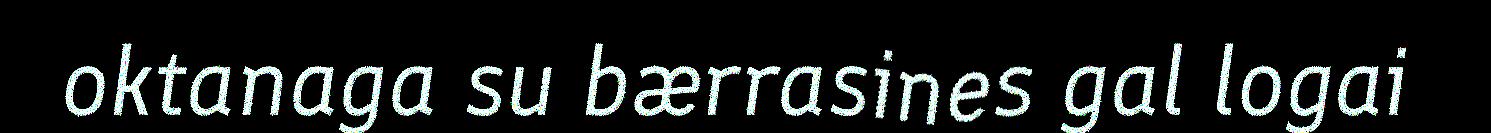
oktanaga su bærrasines gal logai